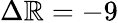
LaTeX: \Delta\mathbb{R}=-9